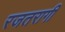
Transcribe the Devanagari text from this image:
रजतरागी